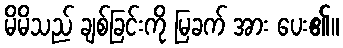
မိမိသည် ချစ်ခြင်းကို မြခက် အား ပေး၏။